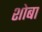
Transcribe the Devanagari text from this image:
शोबा